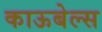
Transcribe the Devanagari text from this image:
काऊबेल्स